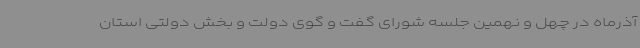
آذرماه در چهل و نهمین جلسه شورای گفت و گوی دولت و بخش دولتی استان